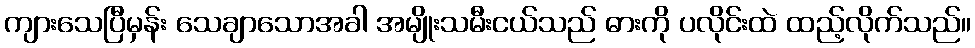
ကျားသေပြီမှန်း သေချာသောအခါ အမျိုးသမီးငယ်သည် ဓားကို ပလိုင်းထဲ ထည့်လိုက်သည်။